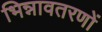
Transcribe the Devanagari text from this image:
भिन्नावतरणों